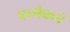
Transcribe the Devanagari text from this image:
प्रत्येकने